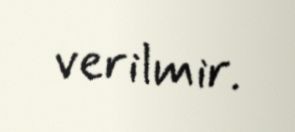
verilmir.